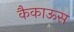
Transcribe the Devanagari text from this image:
कैकाऊस